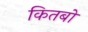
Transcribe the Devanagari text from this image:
कितबो